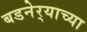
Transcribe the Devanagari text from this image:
बडनेर्‍याच्या